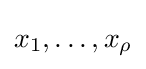
x_{1},\dots ,x_{\rho }